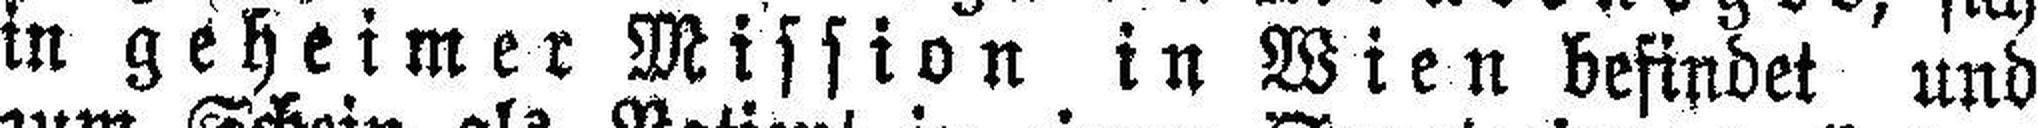
in geheimer Mission in Wien befindet und